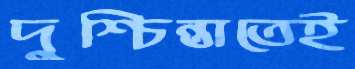
দুশ্চিন্তাতেই